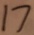
1 7